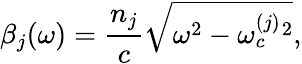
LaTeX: \beta_{j}(\omega)=\frac{n_{j}}{c}\sqrt{\omega^{2}-\omega_{c}^{(j)}{}^{2}},